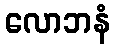
လောဘနံ